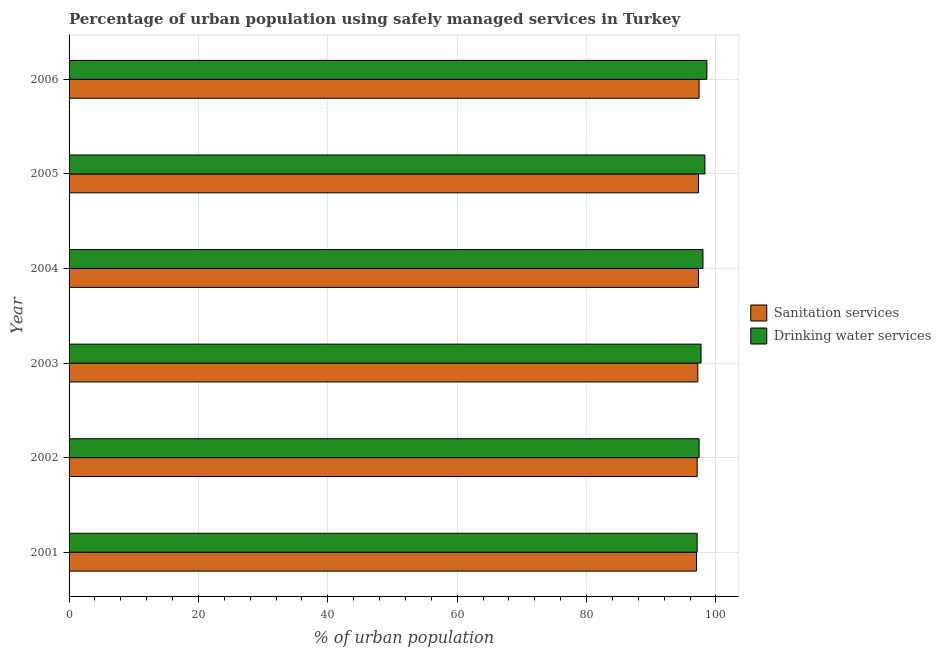
| Year | Sanitation services | Drinking water services |
 | --- | --- | --- |
 | 2001 | 97 | 97.1 |
 | 2002 | 97.1 | 97.4 |
 | 2003 | 97.2 | 97.7 |
 | 2004 | 97.3 | 98 |
 | 2005 | 97.3 | 98.3 |
 | 2006 | 97.4 | 98.6 |